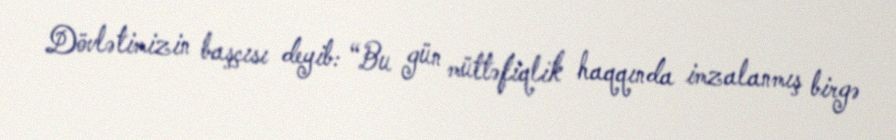
Dövlətimizin başçısı deyib: “Bu gün müttəfiqlik haqqında imzalanmış birgə